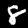
Digit: 8